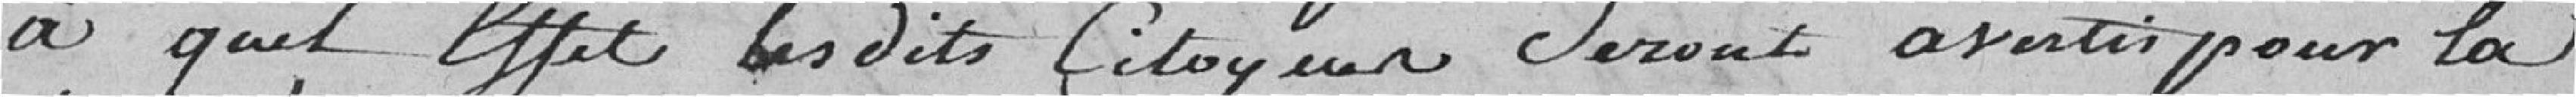
à quel effet les dits citoyens seront avertis pour la